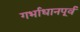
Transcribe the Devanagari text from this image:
गर्भाधानपूर्व